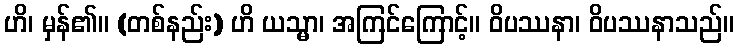
ဟိ၊ မှန်၏။ (တစ်နည်း) ဟိ ယသ္မာ၊ အကြင်ကြောင့်။ ဝိပဿနာ၊ ဝိပဿနာသည်။